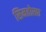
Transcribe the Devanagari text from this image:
सिमतोखा